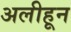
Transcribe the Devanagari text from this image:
अलीहून